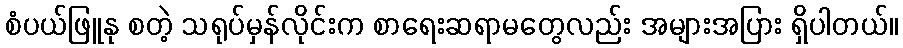
စံပယ်ဖြူနု စတဲ့ သရုပ်မှန်လိုင်းက စာရေးဆရာမတွေလည်း အများအပြား ရှိပါတယ်။